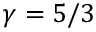
\gamma = 5 / 3